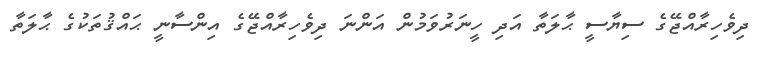
ދިވެހިރާއްޖޭގެ ސިޔާސީ ޙާލަތާ އަދި ހީނަރުވަމުން އަންނަ ދިވެހިރާއްޖޭގެ އިންސާނީ ޙައްޤުތަކުގެ ޙާލަތާ